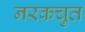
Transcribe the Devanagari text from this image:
नरकचुत